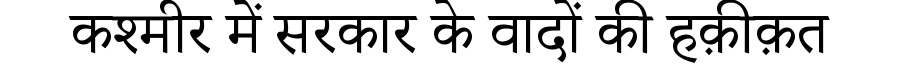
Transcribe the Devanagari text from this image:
कश्मीर में सरकार के वादों की हक़ीक़त